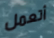
أتعمل